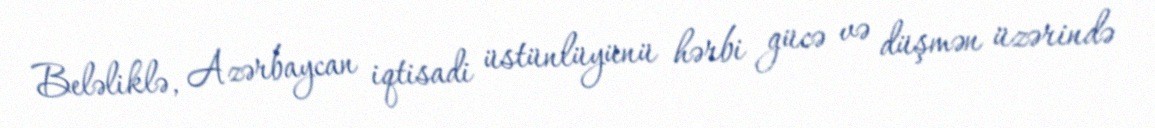
Beləliklə, Azərbaycan iqtisadi üstünlüyünü hərbi gücə və düşmən üzərində